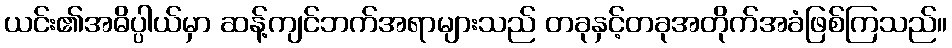
ယင်း၏အဓိပ္ပါယ်မှာ ဆန့်ကျင်ဘက်အရာများသည် တခုနှင့်တခုအတိုက်အခံဖြစ်ကြသည်။